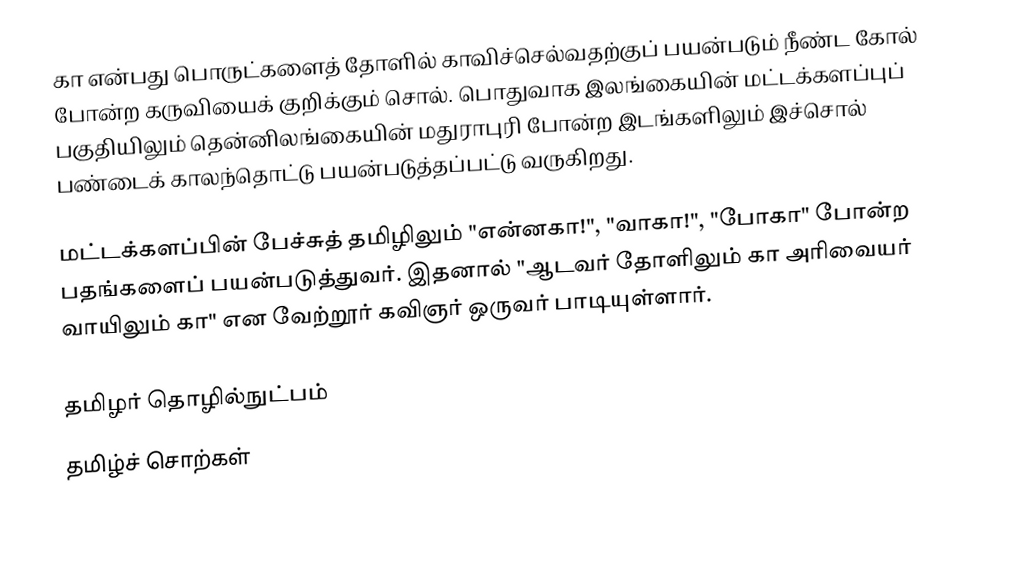
கா என்பது பொருட்களைத் தோளில் காவிச்செல்வதற்குப் பயன்படும் நீண்ட கோல் போன்ற கருவியைக் குறிக்கும் சொல். பொதுவாக இலங்கையின் மட்டக்களப்புப் பகுதியிலும் தென்னிலங்கையின் மதுராபுரி போன்ற இடங்களிலும் இச்சொல் பண்டைக் காலந்தொட்டு பயன்படுத்தப்பட்டு வருகிறது.

மட்டக்களப்பின் பேச்சுத் தமிழிலும் "என்னகா!", "வாகா!", "போகா" போன்ற பதங்களைப் பயன்படுத்துவர். இதனால் "ஆடவர் தோளிலும் கா அரிவையர் வாயிலும் கா" என வேற்றூர் கவிஞர் ஒருவர் பாடியுள்ளார்.

தமிழர் தொழில்நுட்பம்
தமிழ்ச் சொற்கள்